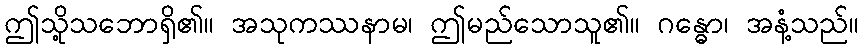
ဤသို့သဘောရှိ၏။ အသုကဿနာမ၊ ဤမည်သောသူ၏။ ဂန္ဓော၊ အနံ့သည်။